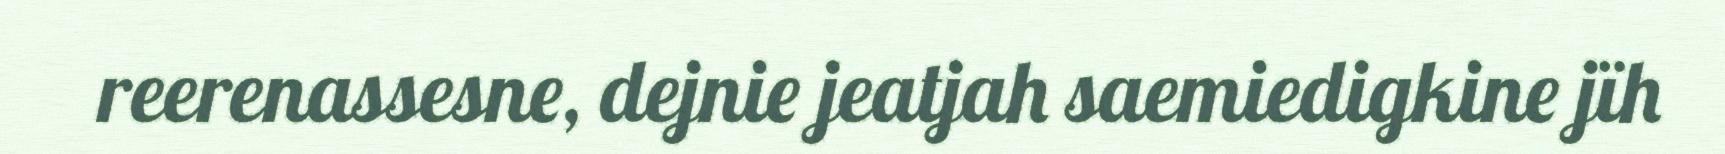
reerenassesne, dejnie jeatjah saemiedigkine jïh